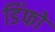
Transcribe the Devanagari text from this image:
डिंफो